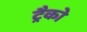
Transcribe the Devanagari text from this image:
ट्रैको